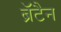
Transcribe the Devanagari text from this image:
ब्रॅटैन